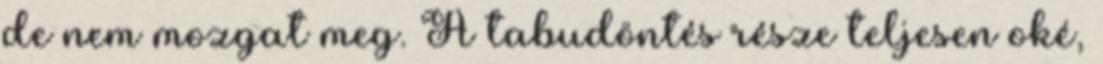
de nem mozgat meg. A tabudöntés része teljesen oké,